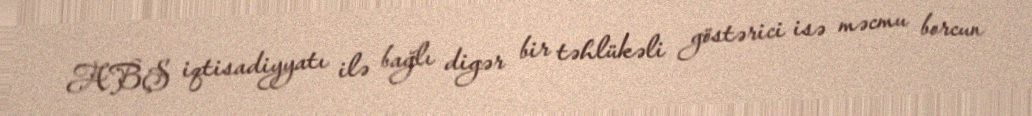
ABŞ iqtisadiyyatı ilə bağlı digər bir təhlükəli göstərici isə məcmu borcun